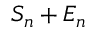
S _ { n } + E _ { n }